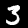
Digit: 3